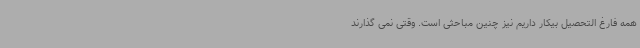
همه فارغ التحصیل بیکار داریم نیز چنین مباحثی است. وقتی نمی گذارند